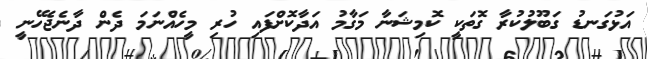
އަޅުގަނޑު ގަބޫލުކުރާ ގޮތަކީ ކޮމިޝަނާ މަގާމު އަދާކޮށްފައި ހުރި މީހެއްނަމަ ދެން ދާނެޖެހޭނީ